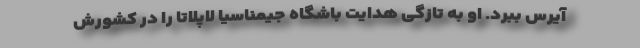
آیرس ببرد. او به تازگی هدایت باشگاه جیمناسیا لاپلاتا را در کشورش